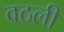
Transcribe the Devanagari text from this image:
वठली